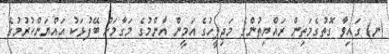
(ނ) ގައިވާ ގޮތުގެމަތިން ރައްޔިތުންގެ މަޖިލީހުގެ އަމީން އާންމުގެ މަގާމަށް ބޭފުޅަކު އައްޔަންކުރުމުގެ